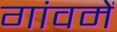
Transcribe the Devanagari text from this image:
गांवमें